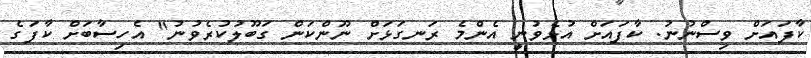
ކާފައަށް ވިސްނުނު. ކާފައަށް އުޅެވުނީ އެންމެ ރަނގަޅަށް ނޫންކަން ގަބޫލުކުރެވުނު" އެހިސާބަށް ކާފަގެ